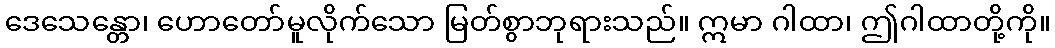
ဒေသေန္တော၊ ဟောတော်မူလိုက်သော မြတ်စွာဘုရားသည်။ ဣမာ ဂါထာ၊ ဤဂါထာတို့ကို။